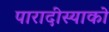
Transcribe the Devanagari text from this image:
पारादीस्याको